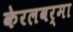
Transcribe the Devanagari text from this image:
केरलवर्मा